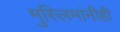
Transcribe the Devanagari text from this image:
मुस्लिमांनीही